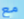
مع